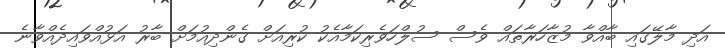
އަދި މާލޭގައި ބާއްވާ މުޒާހަރާތައް ވެސް ސުލްހަވެރިކަމާއެކު ކުރިއަށް ގެންދިއުމަށް ބާރު އަޅުއްވައިދެއްވާނެ